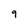
Character: 9